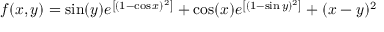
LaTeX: f ( x , y ) = \sin ( y ) e ^ { \left[ ( 1 - \cos x ) ^ { 2 } \right] } + \cos ( x ) e ^ { \left[ ( 1 - \sin y ) ^ { 2 } \right] } + ( x - y ) ^ { 2 }